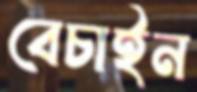
বেচাইন